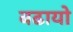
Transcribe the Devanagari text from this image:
बढायो